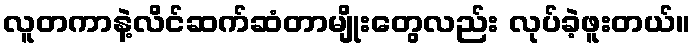
လူတကာနဲ့လိင်ဆက်ဆံတာမျိုးတွေလည်း လုပ်ခဲ့ဖူးတယ်။